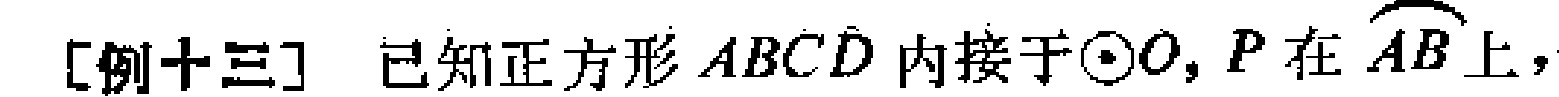
[例十三] 已知正方形 \(ABCD\) 内接于\(\odot O\)，\(P\) 在 \(\overset{\frown}{AB}\) 上，